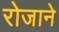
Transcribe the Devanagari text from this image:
रोजाने